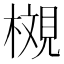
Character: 𪳩